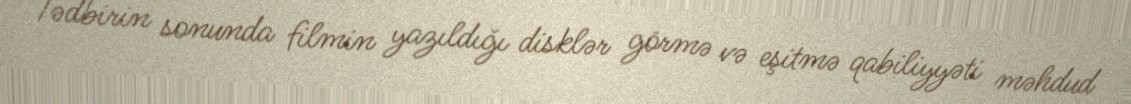
Tədbirin sonunda filmin yazıldığı disklər görmə və eşitmə qabiliyyəti məhdud